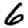
Digit: 6